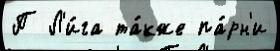
П Л'и́га та́кже па́рн'и